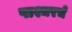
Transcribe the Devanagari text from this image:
पाश्चरचे